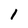
Character: 1